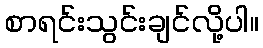
စာရင်းသွင်းချင်လို့ပါ။